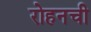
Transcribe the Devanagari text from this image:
रोहनची